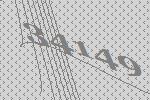
34149